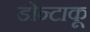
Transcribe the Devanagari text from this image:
डोन्टाकू